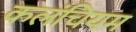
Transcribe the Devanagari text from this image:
कलंचियम